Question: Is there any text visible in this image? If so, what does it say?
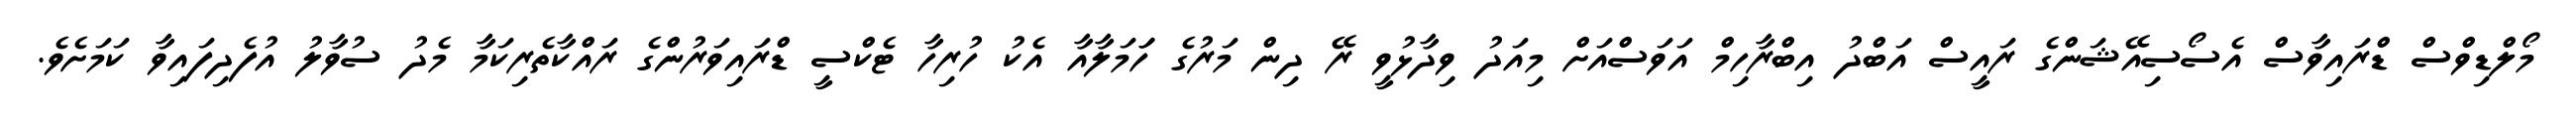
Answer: މޯލްޑިވްސް ޑްރައިވާސް އެސޯސިއޭޝަންގެ ރައީސް އަބްދު އިބްރާހިމް އަވަސްއަށް މިއަދު ވިދާޅުވީ ރޭ ދިން މަރުގެ ހަަމަލާއާ އެކު ހުރިހާ ޓެކްސީ ޑްރައިވަރުންގެ ރައްކާތެރިކަމާ މެދު ސުވާލު އުފެދިފައިވާ ކަމަށެވެ.